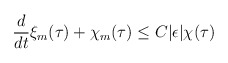
\begin{align*}\dfrac{d}{dt} \xi_m(\tau)+\chi_m(\tau)\leq C |\epsilon|\chi(\tau)\end{align*}